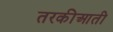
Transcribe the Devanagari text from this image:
तरकीआती